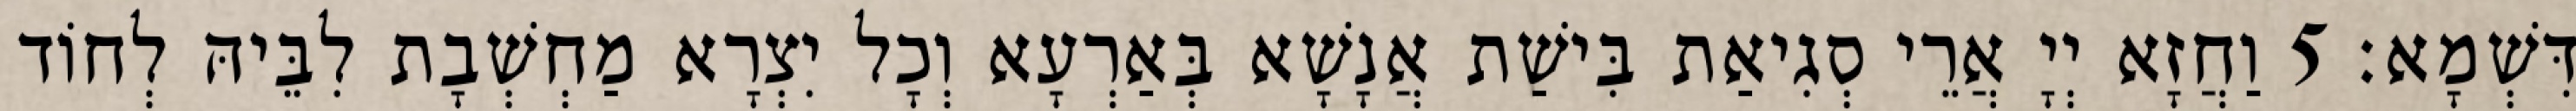
דִּשְׁמָא׃ 5 וַחֲזָא יְיָ אֲרֵי סְגִיאַת בִּישַׁת אֲנָשָׁא בְּאַרְעָא וְכָל יִצְרָא מַחְשְׁבָת לִבֵּיהּ לְחוֹד